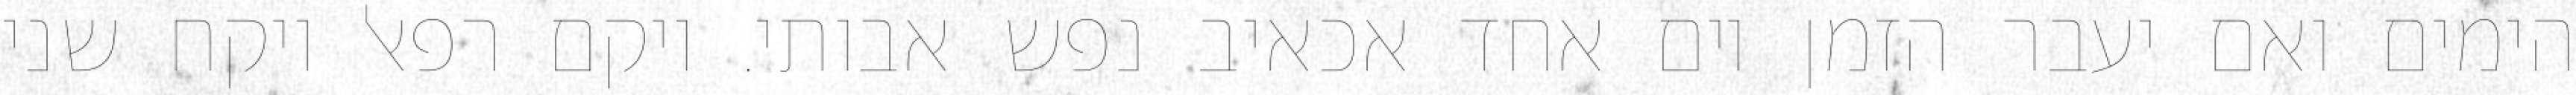
הימים ואם יעבר הזמן יום אחד אכאיב נפש אבותי. ויקם רפאל ויקח שני